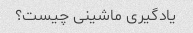
یادگیری ماشینی چیست؟